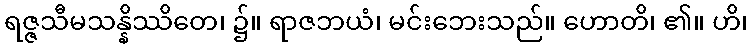
ရဇ္ဇသီမသန္နိဿိတေ၊ ၌။ ရာဇဘယံ၊ မင်းဘေးသည်။ ဟောတိ၊ ၏။ ဟိ၊